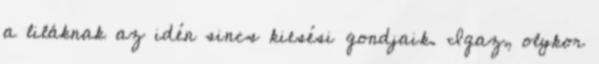
a liláknak az idén sincs kiesési gondjaik. Igaz, olykor